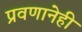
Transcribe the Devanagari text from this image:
प्रवणानेही